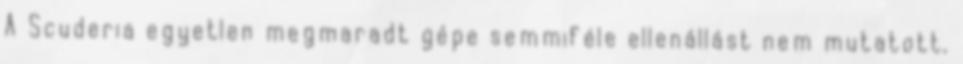
A Scuderia egyetlen megmaradt gépe semmiféle ellenállást nem mutatott,